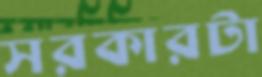
সরকারটা